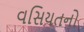
વસિયતનો